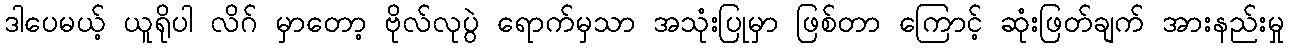
ဒါပေမယ့် ယူရိုပါ လိဂ် မှာတော့ ဗိုလ်လုပွဲ ရောက်မှသာ အသုံးပြုမှာ ဖြစ်တာ ကြောင့် ဆုံးဖြတ်ချက် အားနည်းမှု